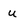
Character: u